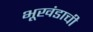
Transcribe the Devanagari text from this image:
भूखंडाची